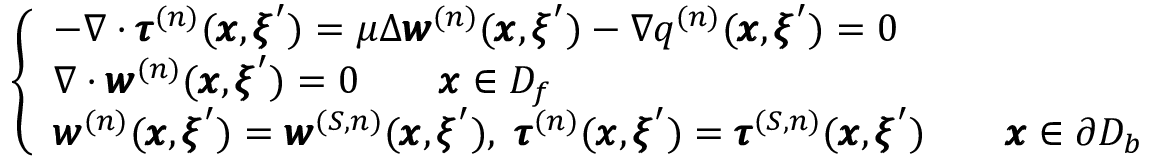
\left\{ \begin{array} { l l } { - \nabla \cdot { \pmb \tau } ^ { ( n ) } ( { \pmb x } , { \pmb \xi } ^ { \prime } ) = \mu \Delta { \pmb w } ^ { ( n ) } ( { \pmb x } , { \pmb \xi } ^ { \prime } ) - \nabla q ^ { ( n ) } ( { \pmb x } , { \pmb \xi } ^ { \prime } ) = 0 } \\ { \nabla \cdot { \pmb w } ^ { ( n ) } ( { \pmb x } , { \pmb \xi } ^ { \prime } ) = 0 \qquad { \pmb x } \in D _ { f } } \\ { { \pmb w } ^ { ( n ) } ( { \pmb x } , { \pmb \xi } ^ { \prime } ) = { \pmb w } ^ { ( S , n ) } ( { \pmb x } , { \pmb \xi } ^ { \prime } ) , \ { \pmb \tau } ^ { ( n ) } ( { \pmb x } , { \pmb \xi } ^ { \prime } ) = { \pmb \tau } ^ { ( S , n ) } ( { \pmb x } , { \pmb \xi } ^ { \prime } ) \qquad { \pmb x } \in \partial D _ { b } } \end{array} \right.